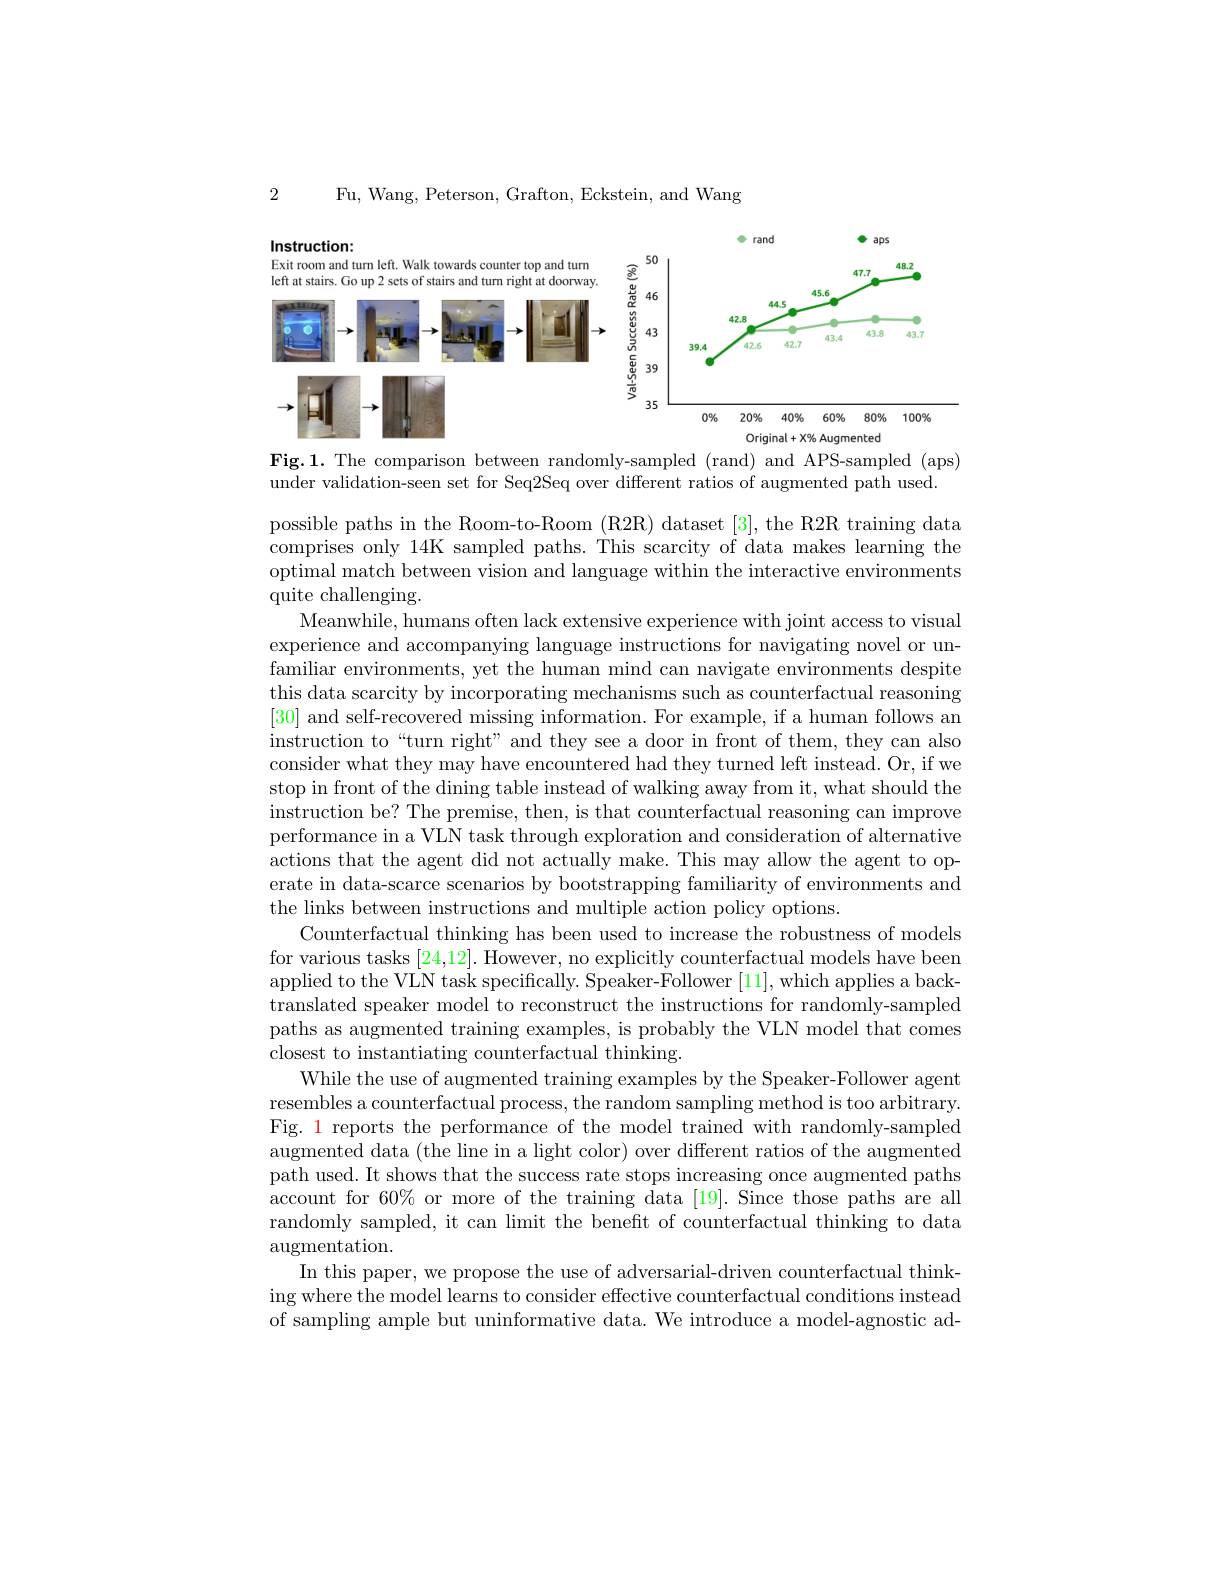
Fu, Wang, Peterson, Grafton, Eckstein, and Wang

2

<FigureHere>

$\mathbf{Fig.1.~The~comparison~between~randomly-sampled~(rand)~and~APS-sampled~(aps)}$
under validation-seen set for Seq2Seq over different ratios of augmented path used.

possible paths in the Room-to-Room (R2R) dataset [3], the R2R training data comprises only 14K sampled paths. This scarcity of data makes learning the optimal match between vision and language within the interactive environments quite challenging.
Meanwhile, humans often lack extensive experience with joint access to visual experience and accompanying language instructions for navigating novel or unfamiliar environments, yet the human mind can navigate environments despite this data scarcity by incorporating mechanisms such as counterfactual reasoning [30] and self-recovered missing information. For example, if a human follows an instruction to“turn right” and they see a door in front of them, they can also consider what they may have encountered had they turned left instead. Or, if we stop in front of the dining table instead of walking away from it, what should the instruction be? The premise, then, is that counterfactual reasoning can improve performance in a VLN task through exploration and consideration of alternative actions that the agent did not actually make. This may allow the agent to operate in data-scarce scenarios by bootstrapping familiarity of environments and the links between instructions and multiple action policy options.
Counterfactual thinking has been used to increase the robustness of models for various tasks [24,12]. However, no explicitly counterfactual models have been applied to the VLN task specifically. Speaker-Follower [11],which applies a backtranslated speaker model to reconstruct the instructions for randomly-sampled paths as augmented training examples, is probably the VLN model that comes closest to instantiating counterfactual thinking.
While the use of augmented training examples by the Speaker-Follower agent resembles a counterfactual process, the random sampling method is too arbitrary. Fig. 1 reports the performance of the model trained with randomly-sampled augmented data (the line in a light color) over different ratios of the augmented path used. It shows that the success rate stops increasing once augmented paths account for 60% or more of the training data [19]. Since those paths are all randomly sampled, it can limit the benefit of counterfactual thinking to data augmentation.
In this paper, we propose the use of adversarial-driven counterfactual thinking where the model learns to consider effective counterfactual conditions instead of sampling ample but uninformative data. We introduce a model-agnostic ad-